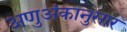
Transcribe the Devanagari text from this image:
अणुअंकानुसार